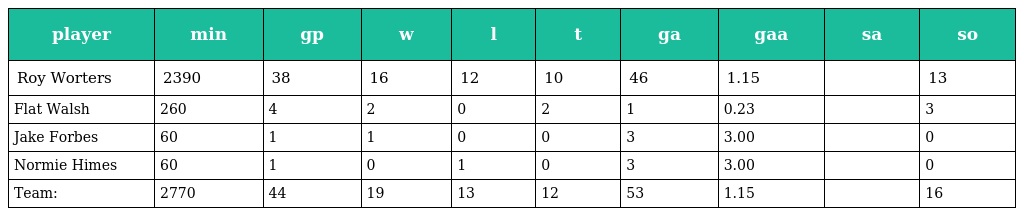
| player | min | gp | w | l | t | ga | gaa | sa | so |
 | --- | --- | --- | --- | --- | --- | --- | --- | --- | --- |
 | Roy Worters | 2390 | 38 | 16 | 12 | 10 | 46 | 1.15 |  | 13 |
 | Flat Walsh | 260 | 4 | 2 | 0 | 2 | 1 | 0.23 |  | 3 |
 | Jake Forbes | 60 | 1 | 1 | 0 | 0 | 3 | 3.00 |  | 0 |
 | Normie Himes | 60 | 1 | 0 | 1 | 0 | 3 | 3.00 |  | 0 |
 | Team: | 2770 | 44 | 19 | 13 | 12 | 53 | 1.15 |  | 16 |